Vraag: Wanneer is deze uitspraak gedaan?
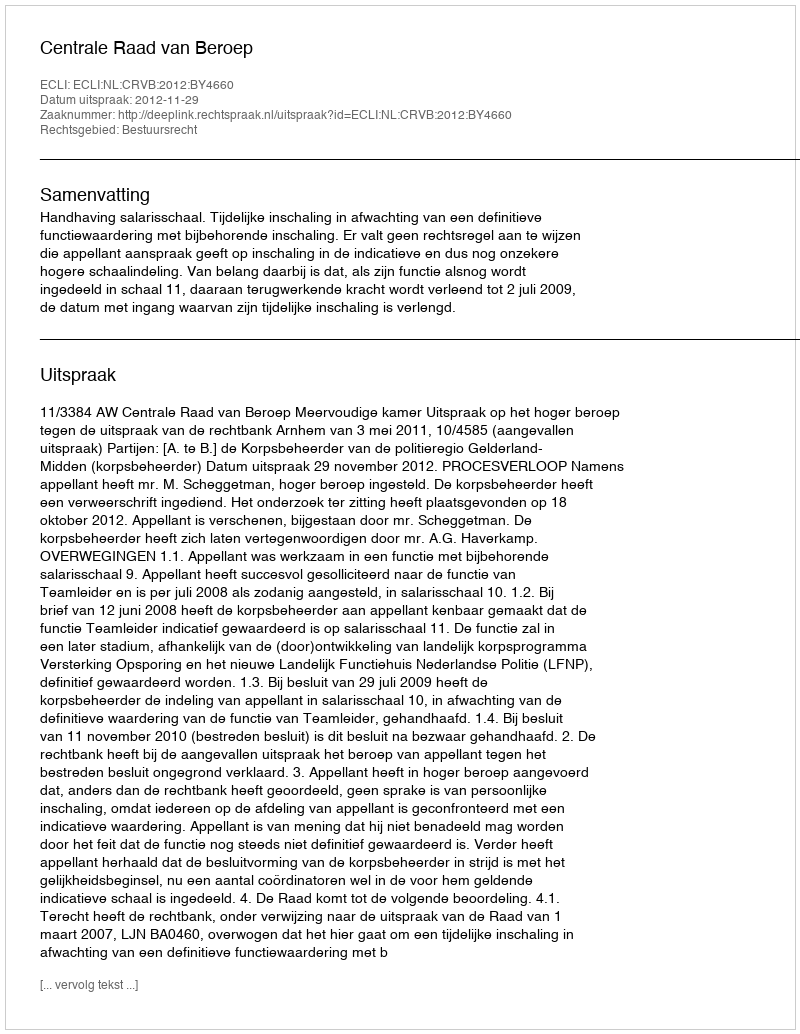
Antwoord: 2012-11-29